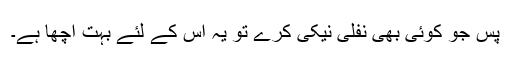
پس جو کوئی بھی نفلی نیکی کرے تو یہ اس کے لئے بہت اچھا ہے۔